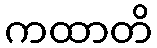
ကထာတိ